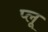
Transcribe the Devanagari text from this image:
प्लू